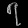
Digit: ၇